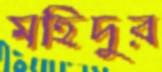
মহিদুর